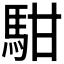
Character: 𩢨